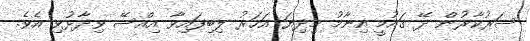
ސަރުކާރުން ދޭ ގައުމީ އިނާމު މިދިޔަ އަހަރު ލިބިފައިވާ އިއްސޭ ވިދާޅުވި އެވެ.